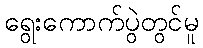
ရွေးကောက်ပွဲတွင်မူ